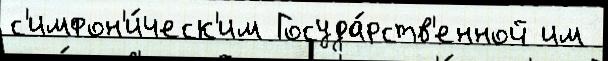
с'имфон'и́ческ'им Госуда́рств'енной им